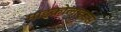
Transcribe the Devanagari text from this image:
माइक्रोलाइडस